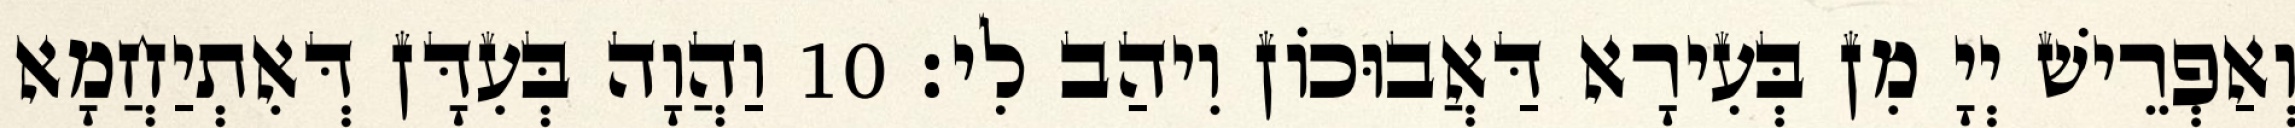
וְאַפְרֵישׁ יְיָ מִן בְּעִירָא דַּאֲבוּכוֹן וִיהַב לִי׃ 10 וַהֲוָה בְּעִדָּן דְּאִתְיַחֲמָא